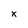
Character: x